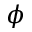
\phi